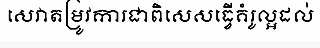
សេវាតម្រូវការជាពិសេសធ្វើគំរូល្អដល់